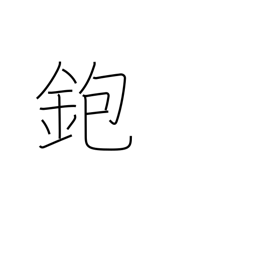
Meaning: carpenter's plane